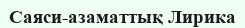
Саяси-азаматтық Лирика